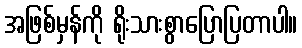
အဖြစ်မှန်ကို ရိုးသားစွာပြောပြတာပါ။